Annual report of the Central Committee of the Association together with the report of the directors of the Pasteur Institute at Kasauli
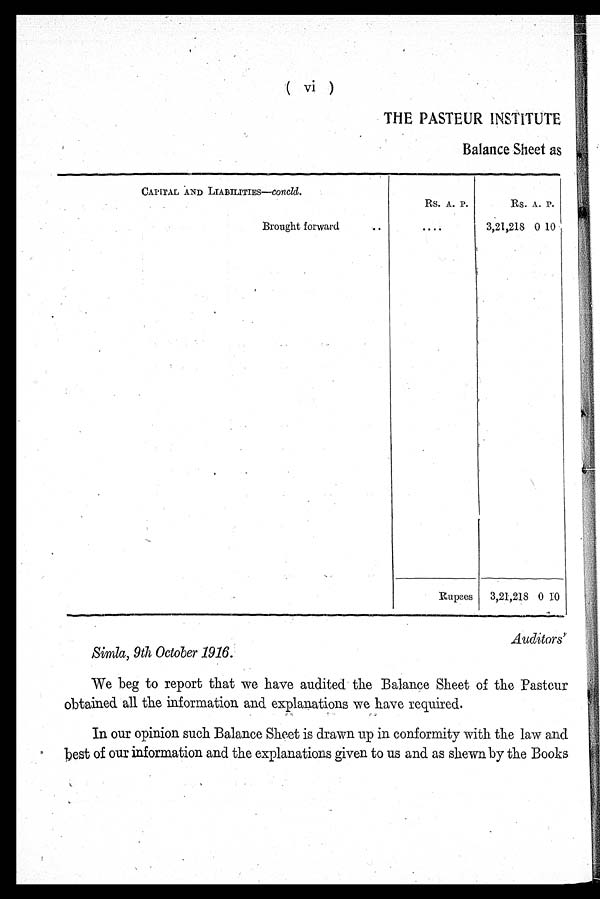
( vi )
THE PASTEUR INSTITUTE
Balance Sheet as
CAPITAL AND LIABILITIES— concld.
Rs. A. P.
Rs. A. P.
Brought forward
.. ....
3,21,218 0 10
Rupees 3,21,218 0 10
Auditors'
Simla, 9th October 1916.
We beg to report that we have audited the Balance Sheet of the Pasteur
obtained all the information and explanations we have required.
In our opinion such Balance Sheet is drawn up in conformity with the law and
best of our information and the explanations given to us and as shewn by the Books